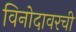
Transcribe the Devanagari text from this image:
विनोदावरची